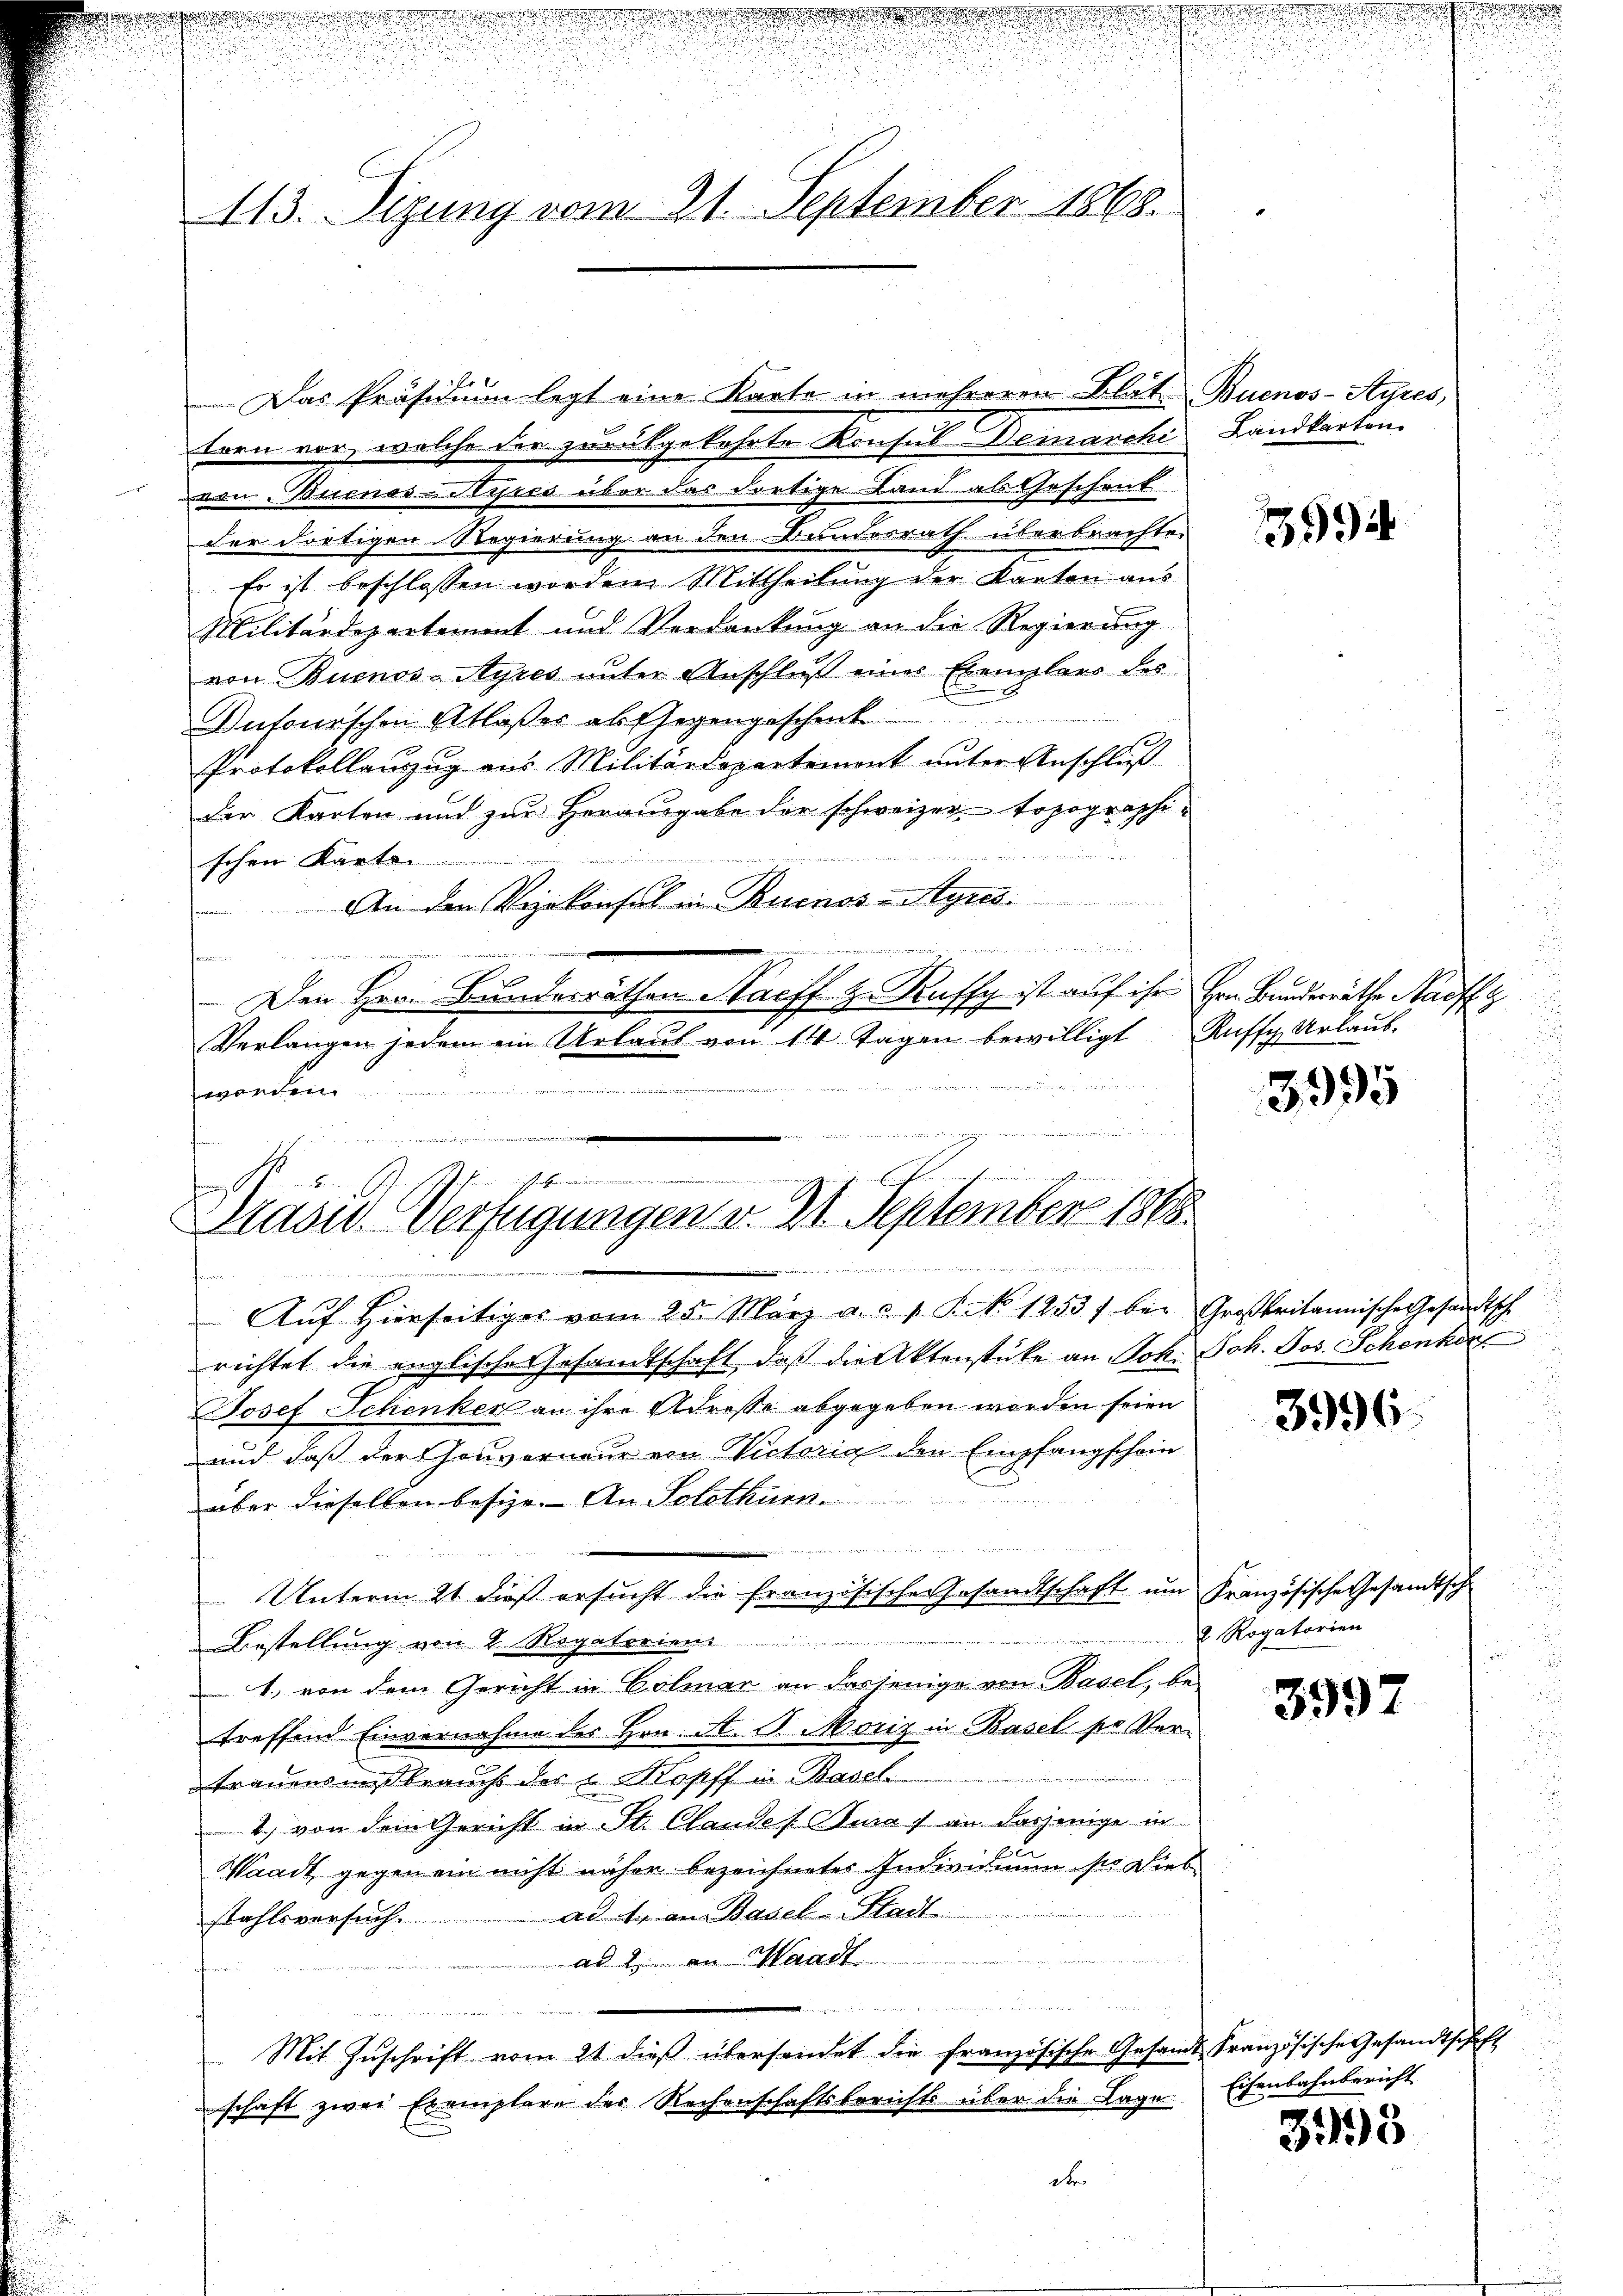
113. Sizung vom 21. September 1868.

.
f
Klass. Verfügungen v. 21. September 1868
ruineinanzeigen in werden einen ei
rinnerenden

Das Präsidium legt eine Karte in mehreren Blat Buenos-Ayres,

.

forn vor, welche der zurükgekehrte Konsus Deinarche Landkarten.
von Buenos-Nipsca über das dortige Land als Geschenk
der dortigen Regierung an den Bundesrath überbrachten
Es ist beschlossen worden Mittheilung der Kanton aus
Militärdepartement und Verdankung an die Regierung
von Buenos-Ayres unter Anschluß eines Exemplars des
Dufourschen Ablaßes abgegengeschenk
Protokollauszug aus Militärdepartemont unter Anschluß
der Karten und zur Herausgabe der schweizer topographi¬

schen Karte
An den Vizekonsul in Buenos-Ayres.

Pommen
Den Herr Bunderrathen Harff z. Kuffy ist auf ihr Hrn. Bunderäthe auff
Verlangen jedem ein Urlaus von 14 Tagen bewilligt Ruffy Urlaub.
enver
247
werden
init

Aŭf Hierseitiges vom 25. März a. a. p. P. No. 1253) bei Großbritannische Gesandtsche
richtet die englische Gesandtschaft, daß die Aktenstüke an Joh. Joh. Jos. Schenken
Josef Schenker an ihre Adresse abgegeben worden seien
und daß der Gouverneur von Victoria den Empfangschein
n
über dieselben besize. An Solothurn.
Unterm 21. dieß ersŭcht die französische Gesandtschaft ŭm Französische Gesandtsche
Bestellung von K. Rogatorien
1., von dem Gericht in Colmar an dasjenige von Basel, be-
treffend Einvernahme des Hrn. A. G. Moriz in Basel pr Ver¬

Trauensmissbrauch der u Kopff in Basel
2) von dem Gericht in St. Claudes Curat an dasjenige in
Waadt, gegen ein nicht näher bezeichnetes Individium sie Dies
stahlsversuch. ad 1. an Basel-Stadt
.
ad 2. an Waadt

Mit Zŭschrift vom 21 dieβ übersendet die französische Gesandt Französische Gesandtschaft
schaft zwei Exemplare des Rechenschaftsberichts über die Lage Eisenbahnbericht
Dr

3994

3995

3996.

u. Rogatorien

3997

395